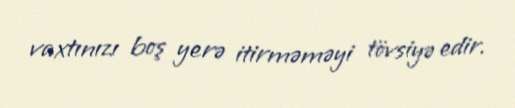
vaxtınızı boş yerə itirməməyi tövsiyə edir.